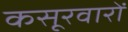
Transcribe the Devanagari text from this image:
कसूरवारों